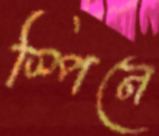
স্পিনে